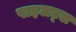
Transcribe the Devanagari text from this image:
पाइलट्स